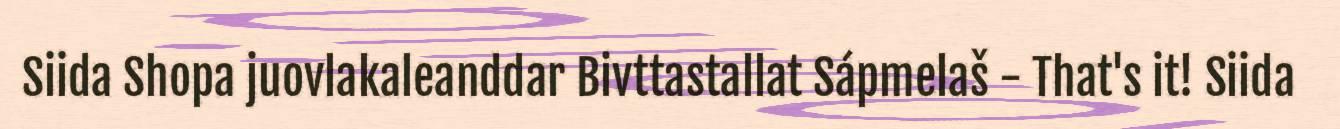
Siida Shopa juovlakaleanddar Bivttastallat Sápmelaš - That's it! Siida